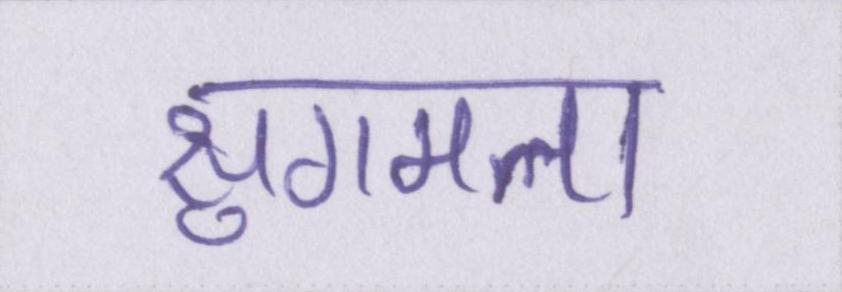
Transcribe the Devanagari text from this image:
सुगमता